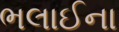
ભલાઈના